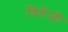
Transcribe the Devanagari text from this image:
वितेजी